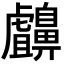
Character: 𪖸